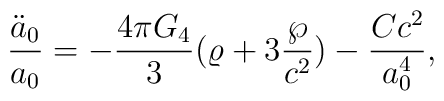
{\ddot{a}_0\over a_0}=-{{4\pi G_4}\over 3}(\varrho+3{\wp\over c^2})-{{Cc^2}\over{a^4_0}},